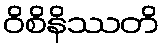
ဝိစိနိဿတိ